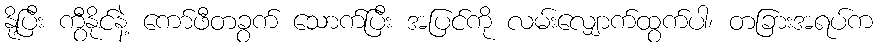
နို့ပြီး ကွီနိုင်နဲ့ ကော်ဖီတခွက် သောက်ပြီး အပြင်ကို လမ်းလျှောက်ထွက်ပါ၊ တခြားအရပ်က